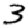
Digit: 3